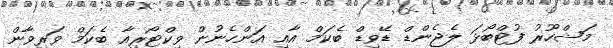
މަޝްހޫރު ފުޓްބޯޅަ ލެޖެންޑް ޑޭވިޑް ބެކަމް އާއި އަންހެނުން ވިކްޓޯރިއާ ބެކަމް ވަރިވާން